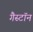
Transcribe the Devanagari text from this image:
गैस्टॉन